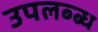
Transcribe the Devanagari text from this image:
उपलब्ब्ध